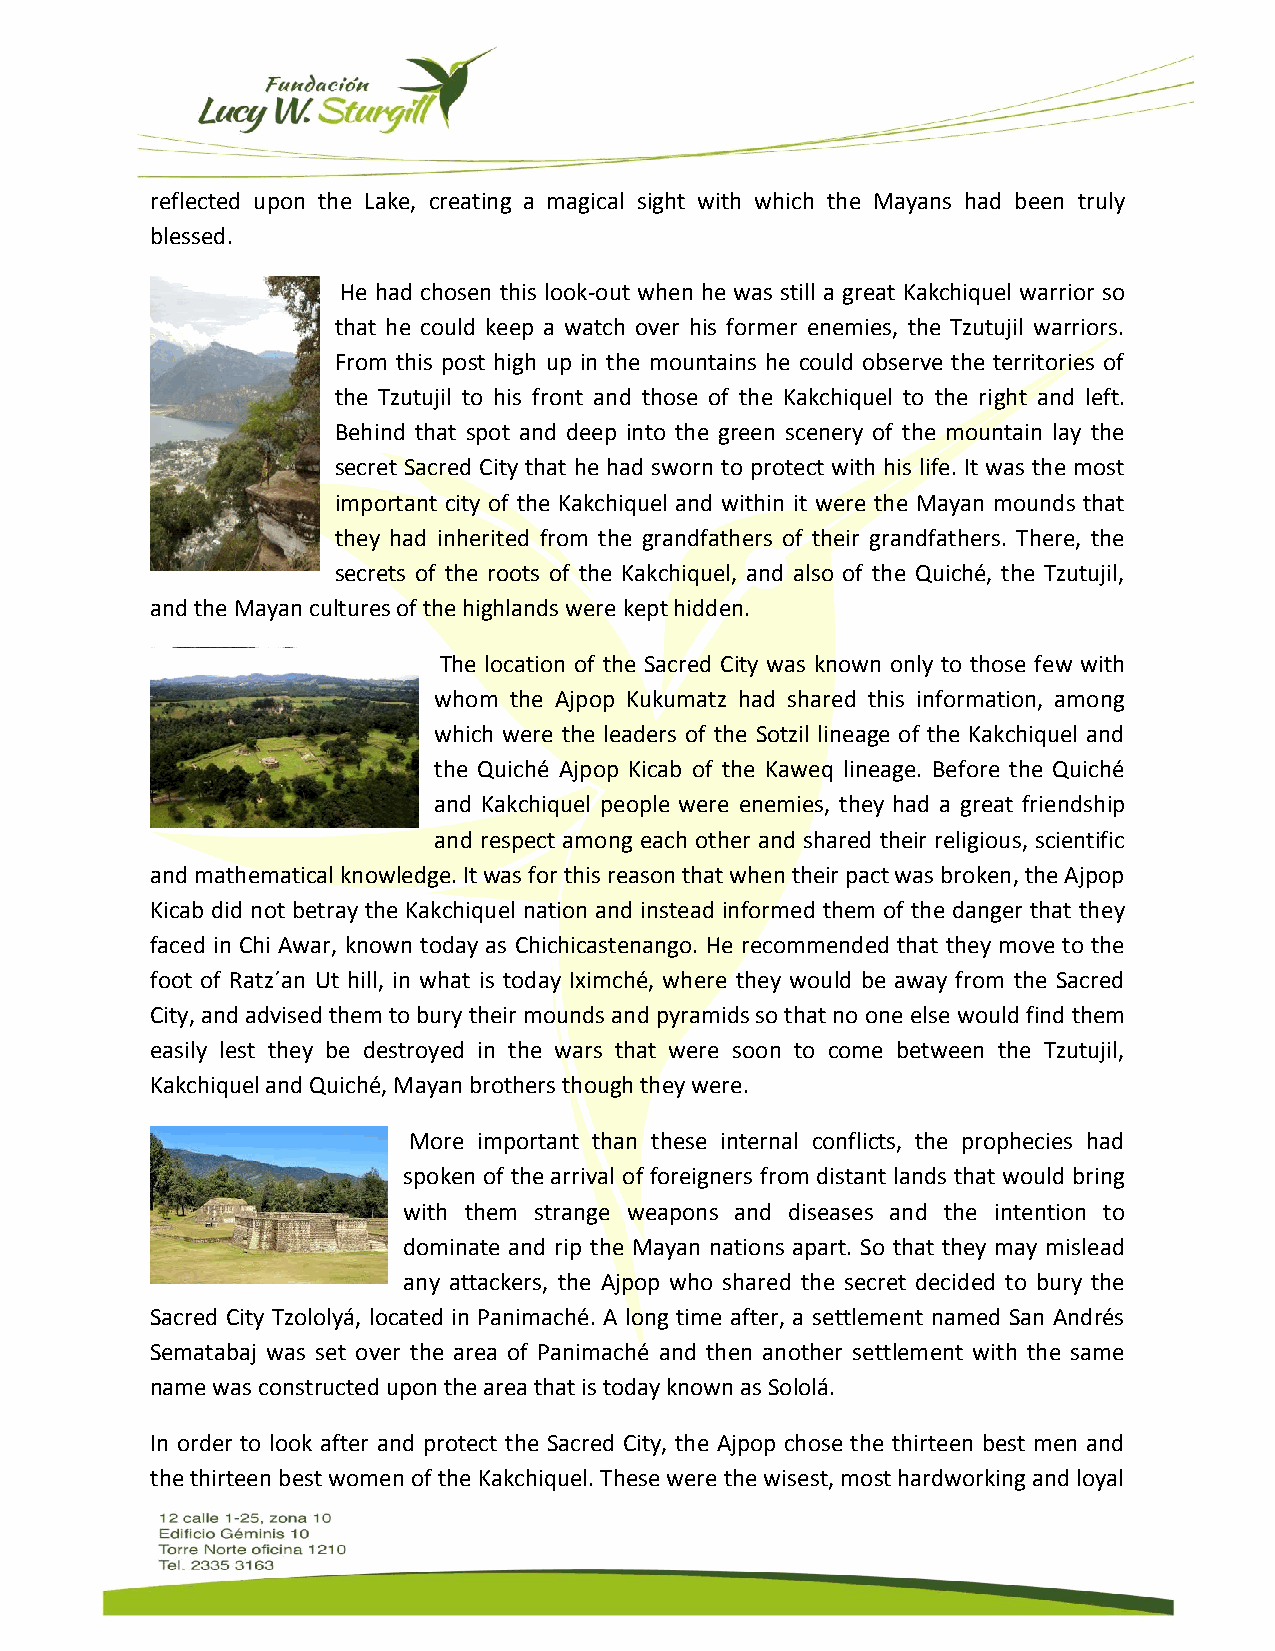
reflected upon the Lake, creating a magical sight with which the Mayans had been truly
 blessed.
 He had chosen this look-out when he was still a great Kakchiquel warrior so
 that he could keep a watch over his former enemies, the Tzutujil warriors.
 From this post high up in the mountains he could observe the territories of
 the Tzutujil to his front and those of the Kakchiquel to the right and left.
 Behind that spot and deep into the green scenery of the mountain lay the
 secret Sacred City that he had sworn to protect with his life. It was the most
 important city of the Kakchiquel and within it were the Mayan mounds that
 they had inherited from the grandfathers of their grandfathers. There, the
 secrets of the roots of the Kakchiquel, and also of the Quiché, the Tzutujil,
 and the Mayan cultures of the highlands were kept hidden.
 The location of the Sacred City was known only to those few with
 whom the Ajpop Kukumatz had shared this information, among
 which were the leaders of the Sotzil lineage of the Kakchiquel and
 the Quiché Ajpop Kicab of the Kaweq lineage. Before the Quiché
 and Kakchiquel people were enemies, they had a great friendship
 and respect among each other and shared their religious, scientific
 and mathematical knowledge. It was for this reason that when their pact was broken, the Ajpop
 Kicab did not betray the Kakchiquel nation and instead informed them of the danger that they
 faced in Chi Awar, known today as Chichicastenango. He recommended that they move to the
 foot of Ratz´an Ut hill, in what is today Iximché, where they would be away from the Sacred
 City, and advised them to bury their mounds and pyramids so that no one else would find them
 easily lest they be destroyed in the wars that were soon to come between the Tzutujil,
 Kakchiquel and Quiché, Mayan brothers though they were.
 More important than these internal conflicts, the prophecies had
 spoken of the arrival of foreigners from distant lands that would bring
 with them strange weapons and diseases and the intention to
 dominate and rip the Mayan nations apart. So that they may mislead
 any attackers, the Ajpop who shared the secret decided to bury the
 Sacred City Tzololyá, located in Panimaché. A long time after, a settlement named San Andrés
 Sematabaj was set over the area of Panimaché and then another settlement with the same
 name was constructed upon the area that is today known as Sololá.
 In order to look after and protect the Sacred City, the Ajpop chose the thirteen best men and
 the thirteen best women of the Kakchiquel. These were the wisest, most hardworking and loyal